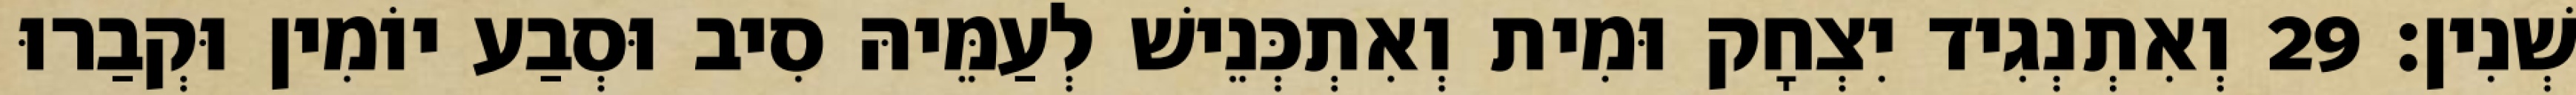
שְׁנִין׃ 29 וְאִתְנְגִיד יִצְחָק וּמִית וְאִתְכְּנֵישׁ לְעַמֵּיהּ סִיב וּסְבַע יוֹמִין וּקְבַרוּ